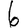
Digit: 6